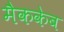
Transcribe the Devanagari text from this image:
मैककेब